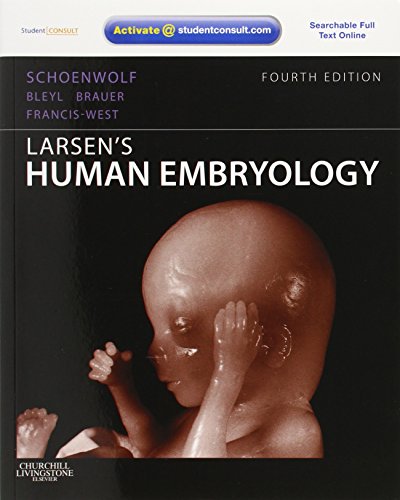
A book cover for Larsen's Human Embryology, 4e (Schoenwolf,Larsen's Human Embryology); Gary C. Schoenwolf PhD; Medical Books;